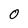
Character: O